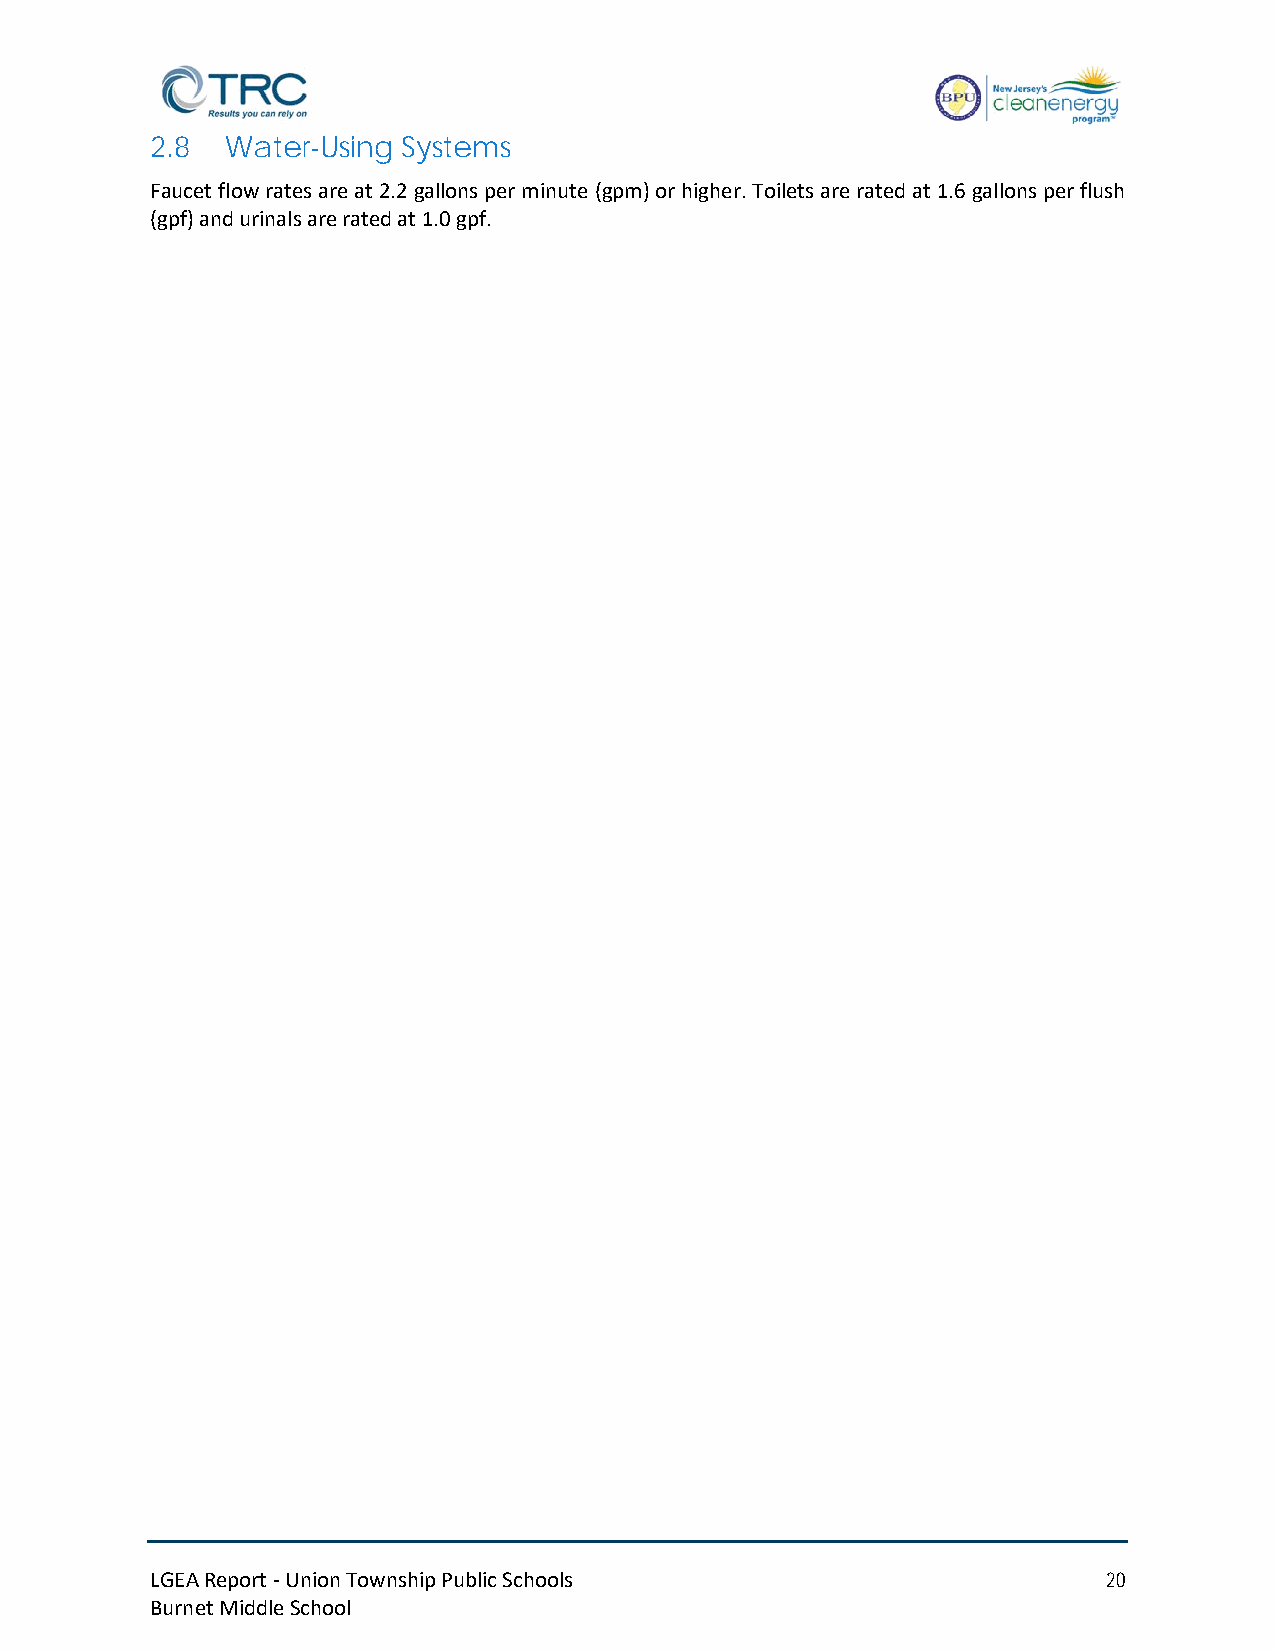
2.8  Water-Using Systems
 Faucet flow rates are at 2.2 gallons per minute (gpm) or higher. Toilets are rated at 1.6 gallons per flush
 (gpf) and urinals are rated at 1.0 gpf.
 LGEA Report - Union Township Public Schools                    20
 Burnet Middle School